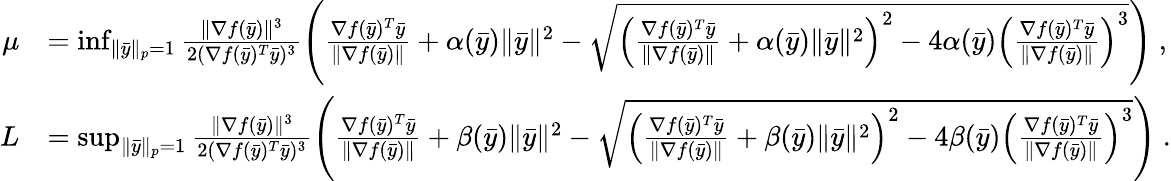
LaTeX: \begin{array}{rl}{\mu}&{=\operatorname*{inf}_{\| \bar{y}\| _{p}=1}\frac{\| \nabla f(\bar{y})\| ^{3}}{2(\nabla f(\bar{y})^{T}\bar{y})^{3}}\left(\frac{\nabla f(\bar{y})^{T}\bar{y}}{\| \nabla f(\bar{y})\| }+\alpha(\bar{y})\| \bar{y}\| ^{2}-\sqrt{\left(\frac{\nabla f(\bar{y})^{T}\bar{y}}{\| \nabla f(\bar{y})\| }+\alpha(\bar{y})\| \bar{y}\| ^{2}\right)^{2}-4\alpha(\bar{y})\left(\frac{\nabla f(\bar{y})^{T}\bar{y}}{\| \nabla f(\bar{y})\| }\right)^{3}}\right)\ ,}\\ {L}&{=\operatorname*{sup}_{\| \bar{y}\| _{p}=1}\frac{\| \nabla f(\bar{y})\| ^{3}}{2(\nabla f(\bar{y})^{T}\bar{y})^{3}}\left(\frac{\nabla f(\bar{y})^{T}\bar{y}}{\| \nabla f(\bar{y})\| }+\beta(\bar{y})\| \bar{y}\| ^{2}-\sqrt{\left(\frac{\nabla f(\bar{y})^{T}\bar{y}}{\| \nabla f(\bar{y})\| }+\beta(\bar{y})\| \bar{y}\| ^{2}\right)^{2}-4\beta(\bar{y})\left(\frac{\nabla f(\bar{y})^{T}\bar{y}}{\| \nabla f(\bar{y})\| }\right)^{3}}\right)\ .}\end{array}